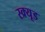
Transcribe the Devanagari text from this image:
स्क्र्यूड